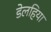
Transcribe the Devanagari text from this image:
डेलहिया